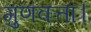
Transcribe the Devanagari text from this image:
गुणवत्ता।